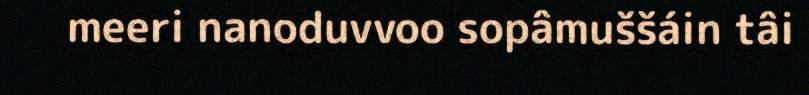
meeri nanoduvvoo sopâmuššáin tâi